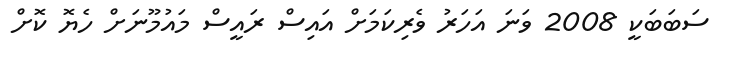
ސަބަބަކީ 2008 ވަނަ އަހަރު ވެރިކަމަށް އައިސް ރައީސް މައުމޫނަށް ހެޔޮ ކޮށް